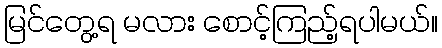
မြင်တွေ့ရ မလား စောင့်ကြည့်ရပါမယ်။